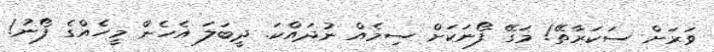
ވަރަށް ސަކަރާތޭ! މަގޭ ފޯނަކަށް ސިމެއް ނުދައްކަ. ދީބަލަ އެހެން މީހެއްގެ ފޯނު!